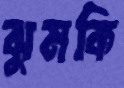
ঝুমকি